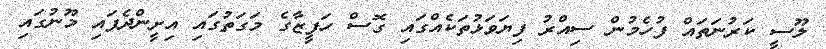
ލޫސީ ކަރުނަތައް ފުހެމުން ސިއްރު ފިޔަވަޅުތަކެއްގައި ގޮސް ހަފީޒާގެ މަގަތުގައި އިށީންދެފައި މޫނުގައި